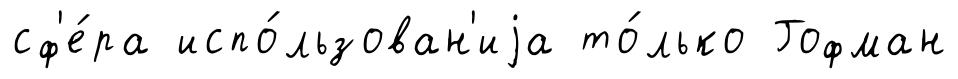
сф'е́ра испо́льзован'иjа то́лько Гофман